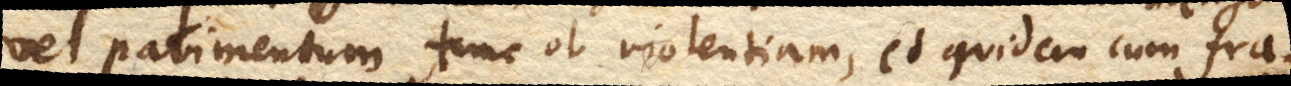
vel pavimentum tunc ob violentiam, et quidem cum fra–